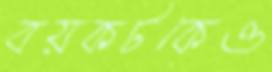
বয়কটকেও